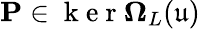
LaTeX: \mathbf{P}\in\mathrm{~k~e~r~}\mathbf{\Omega}_{L}(\mathfrak{u})